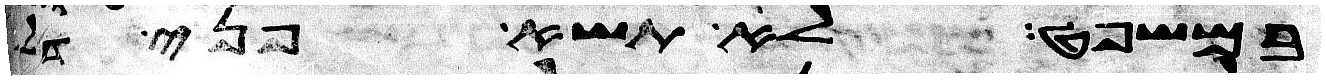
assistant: במשפט לא תשא פני דל